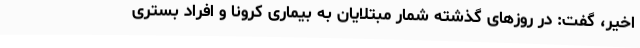
اخیر، گفت: در روزهای گذشته شمار مبتلایان به بیماری کرونا و افراد بستری